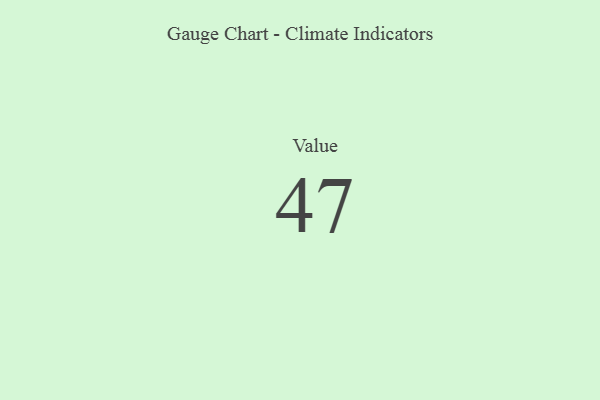
{"axis": {"x": "Metric", "y": "Value"}, "legend": [""], "data": [{"x": "Value", "y": 47, "type": ""}]}